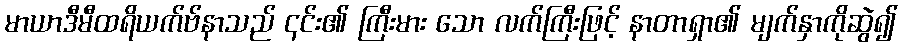
မာယာဒီမီထရိယက်ဗ်နာသည် ၎င်း၏ ကြီးမား သော လက်ကြီးဖြင့် နာတာရှာ၏ မျက်နှာကိုဆွဲ၍